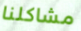
مشاكلنا